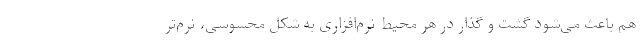
هم باعث می‌شود گشت و گذار در هر محیط نرم‌افزاری به شکل محسوسی، نرم‌تر